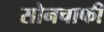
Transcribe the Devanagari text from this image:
सोनचाफी